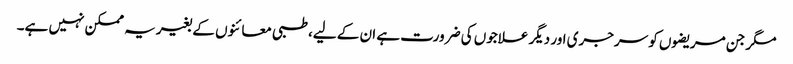
مگر جن مریضوں کو سرجری اور دیگر علاجوں کی ضرورت ہے ان کے لیے، طبی معائنوں کے بغیر یہ ممکن نہیں ہے۔